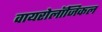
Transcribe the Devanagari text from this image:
वायरोलॉजिकल